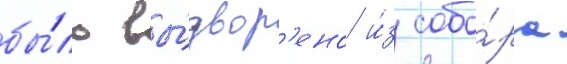
бы́ло вы́двор'ено и́з собо́ра